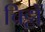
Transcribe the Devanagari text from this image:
चिट्टों